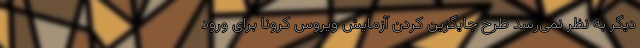
دیگر به نظر نمی‌رسد طرح جایگزین کردن آزمایش ویروس کرونا برای ورود